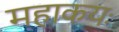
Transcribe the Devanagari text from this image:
महाकयः